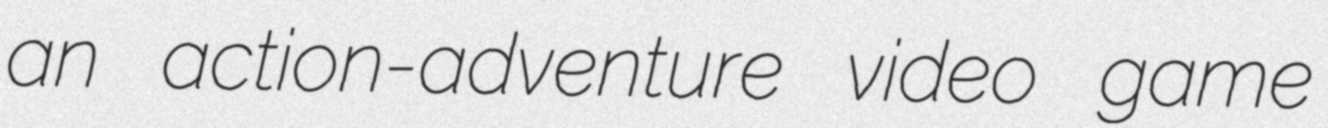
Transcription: an action-adventure video game